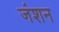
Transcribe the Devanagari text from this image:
जंशन